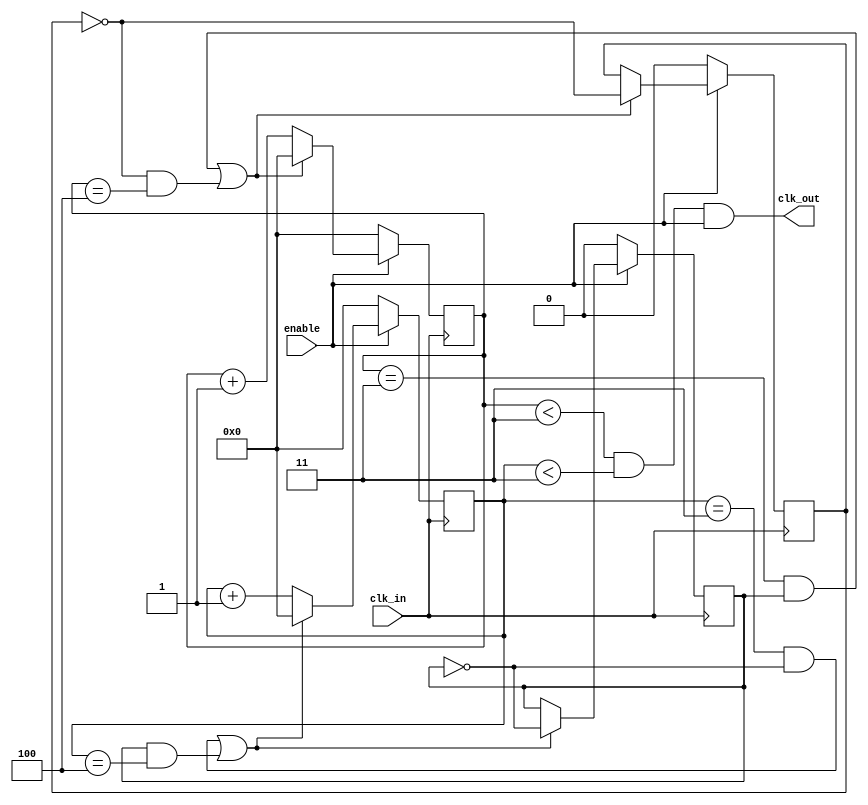
//-----------------------------------------------------
// Design Name : clk_div_45
// Function    : Divide by 4.5
// Coder       : Deepak Kumar Tala
//-----------------------------------------------------
module clk_div_45 (
clk_in, // Input Clock
enable, // Enable is sync with falling edge of clk_in
clk_out // Output Clock
);

// --------------Port Declaration-----------------------
input      clk_in     ;
input      enable     ;
output     clk_out    ;

//--------------Port data type declaration-------------
wire       clk_in     ;
wire       enable     ;
wire       clk_out    ;

//--------------Internal Registers----------------------
reg   [3:0] counter1   ;
reg   [3:0] counter2   ;
reg         toggle1    ;
reg         toggle2    ;

//--------------Code Starts Here-----------------------
always @ (posedge clk_in)
if (enable == 1'b0) begin 
   counter1 <= 4'b0;
   toggle1  <= 0;
end else if ((counter1 == 3 && toggle2) || (~toggle1 && counter1 == 4))  begin
   counter1 <= 4'b0;
   toggle1  <= ~toggle1;
end else   begin
   counter1 <= counter1 + 1;
end
   
always @ (negedge clk_in)
if (enable == 1'b0) begin
  counter2 <= 4'b0;
  toggle2  <= 0;
end else if ((counter2 == 3 && ~toggle2) || (toggle2 && counter2 == 4))  begin
  counter2 <= 4'b0;
  toggle2  <= ~toggle2;
end  else   begin
  counter2 <= counter2 + 1;
end

assign  clk_out = (counter1 <3 && counter2 < 3) & enable;

endmodule